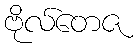
ဗိုလ်တေဇ